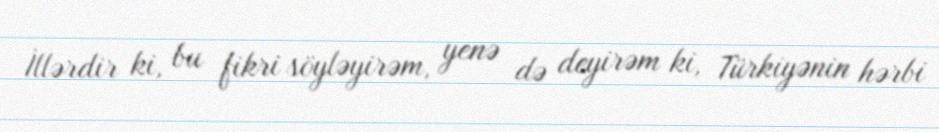
İllərdir ki, bu fikri söyləyirəm, yenə də deyirəm ki, Türkiyənin hərbi